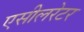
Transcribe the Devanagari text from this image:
एसीलरेटर